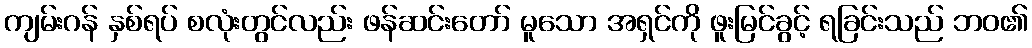
ကျမ်းဂန် နှစ်ရပ် စလုံးတွင်လည်း ဖန်ဆင်းတော် မူသော အရှင်ကို ဖူးမြင်ခွင့် ရခြင်းသည် ဘဝ၏